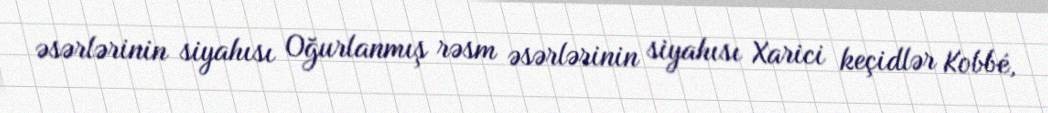
əsərlərinin siyahısı Oğurlanmış rəsm əsərlərinin siyahısı Xarici keçidlər Kobbé,